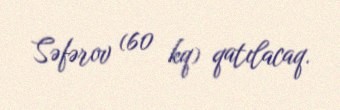
Səfərov (60 kq) qatılacaq.